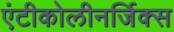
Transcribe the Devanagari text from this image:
एंटीकोलीनर्जिक्स